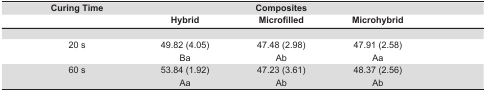
| Curing Time |  | Composites |  |
 |  | Hybrid | Microfilled | Microhybrid |
 | --- | --- | --- | --- |
 |  |  |  |  |
 | 20 s | 49.82 (4.05) Ba | 47.48 (2.98) Ab | 47.91 (2.58) Aa |
 | 60 s | 53.84 (1.92) Aa | 47.23 (3.61) Ab | 48.37 (2.56) Ab |